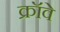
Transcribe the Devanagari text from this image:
क्रॉवे